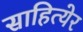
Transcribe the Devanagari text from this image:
साहित्येर